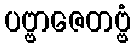
ပဗ္ဗာဇေတဗ္ဗံ